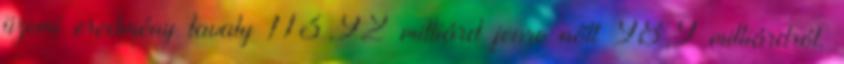
üzemi eredmény tavaly 113,92 milliárd jenre nőtt 98,9 milliárdról.